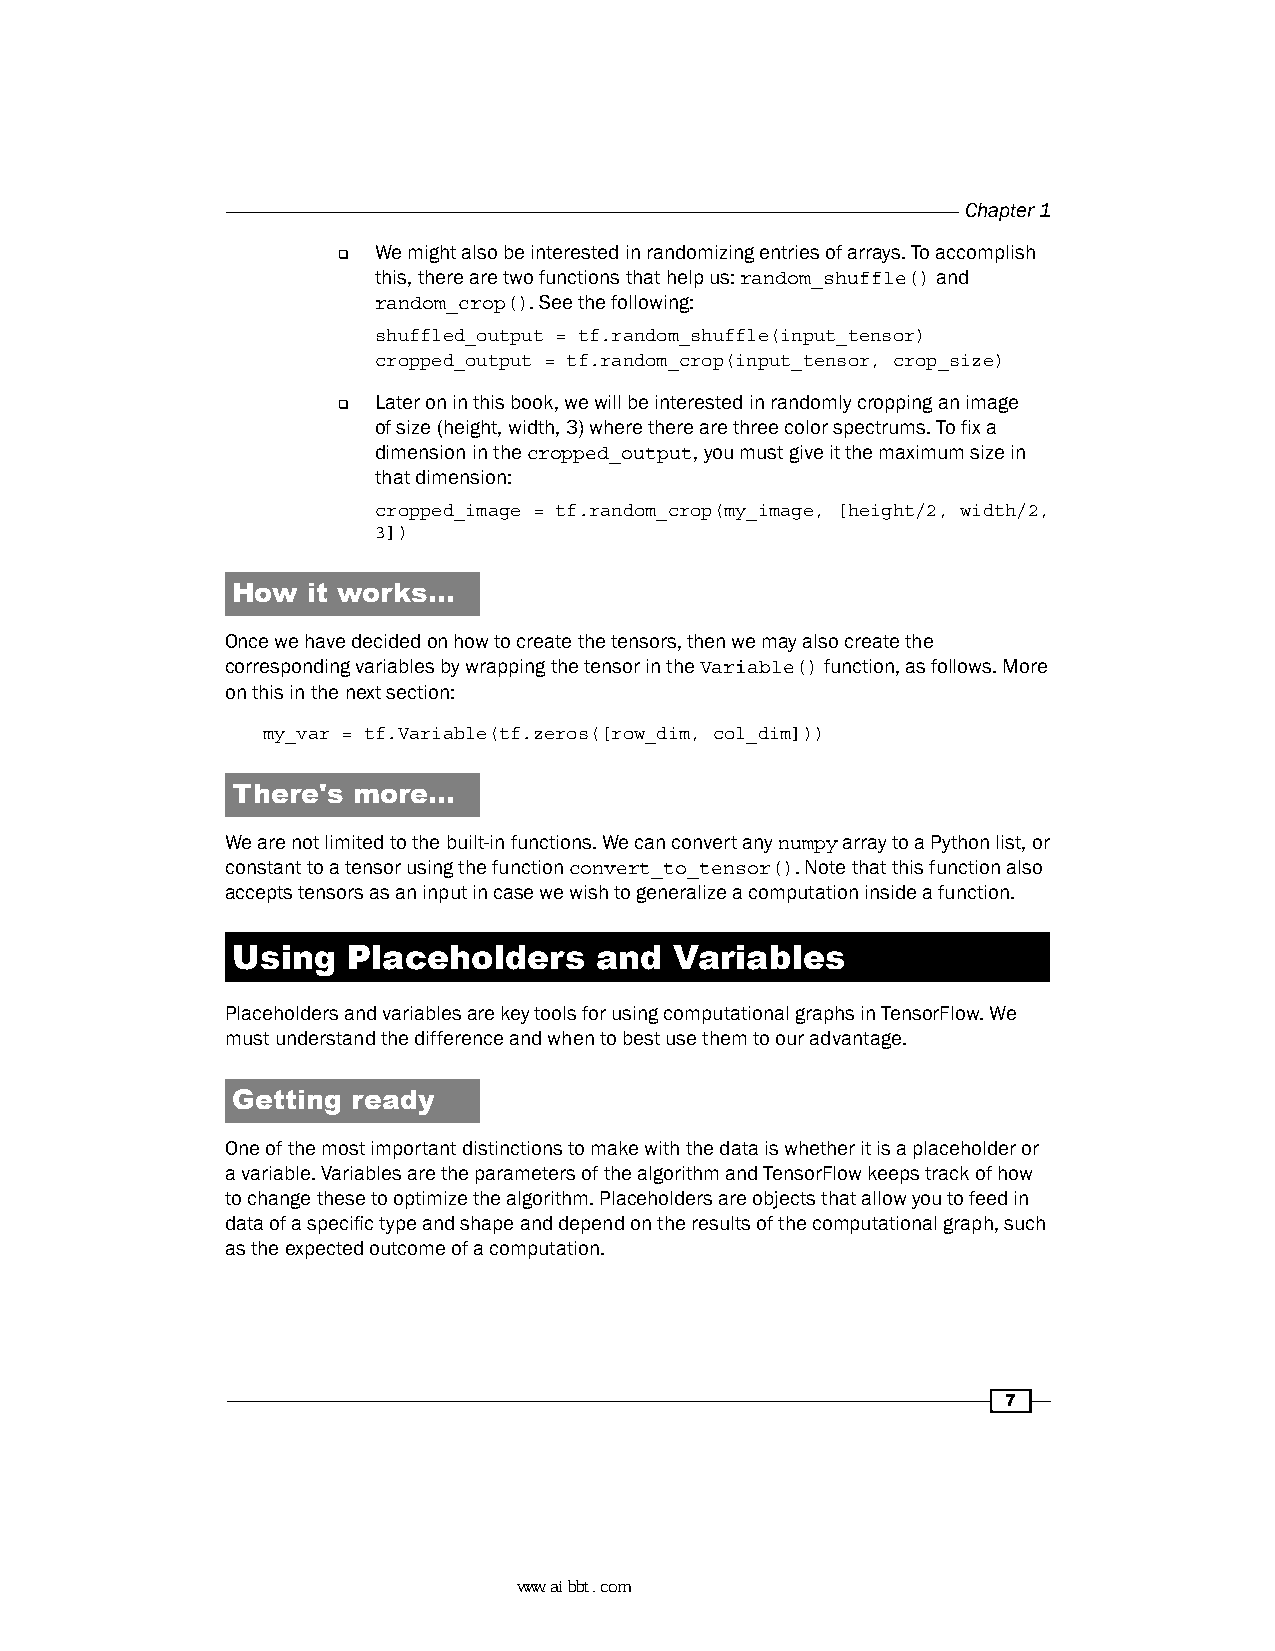
Chapter 1
   We might also be interested in randomizing entries of arrays. To accomplish
 this, there are two functions that help us: random_shuffle() and
 random_crop(). See the following:
 shuffled_output = tf.random_shuffle(input_tensor)
 cropped_output = tf.random_crop(input_tensor, crop_size)
   Later on in this book, we will be interested in randomly cropping an image
 of size (height, width, 3) where there are three color spectrums. To fix a
 dimension in the cropped_output, you must give it the maximum size in
 that dimension:
 cropped_image = tf.random_crop(my_image, [height/2, width/2,
 3])
 How  it works…
 Once we have decided on how to create the tensors, then we may also create the
 corresponding variables by wrapping the tensor in the Variable() function, as follows. More
 on this in the next section:
 my_var = tf.Variable(tf.zeros([row_dim, col_dim]))
 There's more…
 We are not limited to the built-in functions. We can convert any numpy array to a Python list, or
 constant to a tensor using the function convert_to_tensor(). Note that this function also
 accepts tensors as an input in case we wish to generalize a computation inside a function.
 Using   Placeholders    and   Variables
 Placeholders and variables are key tools for using computational graphs in TensorFlow. We
 must understand the difference and when to best use them to our advantage.
 Getting ready
 One of the most important distinctions to make with the data is whether it is a placeholder or
 a variable. Variables are the parameters of the algorithm and TensorFlow keeps track of how
 to change these to optimize the algorithm. Placeholders are objects that allow you to feed in
 data of a specific type and shape and depend on the results of the computational graph, such
 as the expected outcome of a computation.
 7
 www.aibbt.com 让未来触手可及